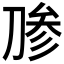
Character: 𰄶